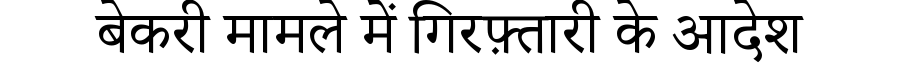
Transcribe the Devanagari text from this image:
बेकरी मामले में गिरफ़्तारी के आदेश